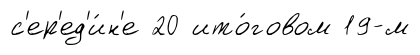
с'ер'ед'и́н'е 20 ито́говом 19-м